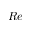
R e